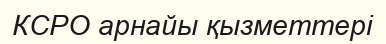
КСРО арнайы қызметтері